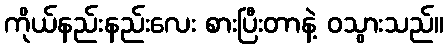
ကိုယ်နည်းနည်းလေး စားပြီးတာနဲ့ ဝသွားသည်။